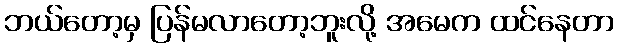
ဘယ်တော့မှ ပြန်မလာတော့ဘူးလို့ အမေက ထင်နေတာ